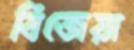
বিজেয়া